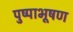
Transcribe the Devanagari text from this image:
पुष्पाभूषण